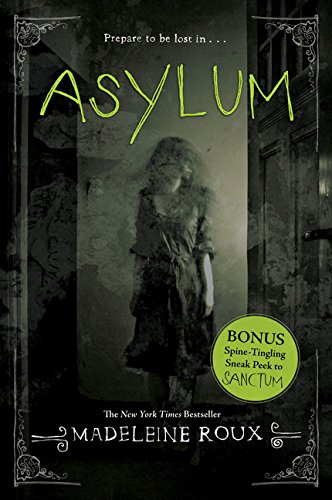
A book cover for Asylum; Madeleine Roux; Teen & Young Adult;